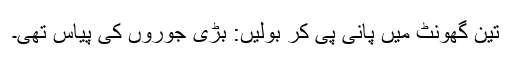
تین گھونٹ میں پانی پی کر بولیں: بڑی جوروں کی پیاس تھی۔